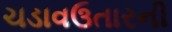
ચડાવઉતારની